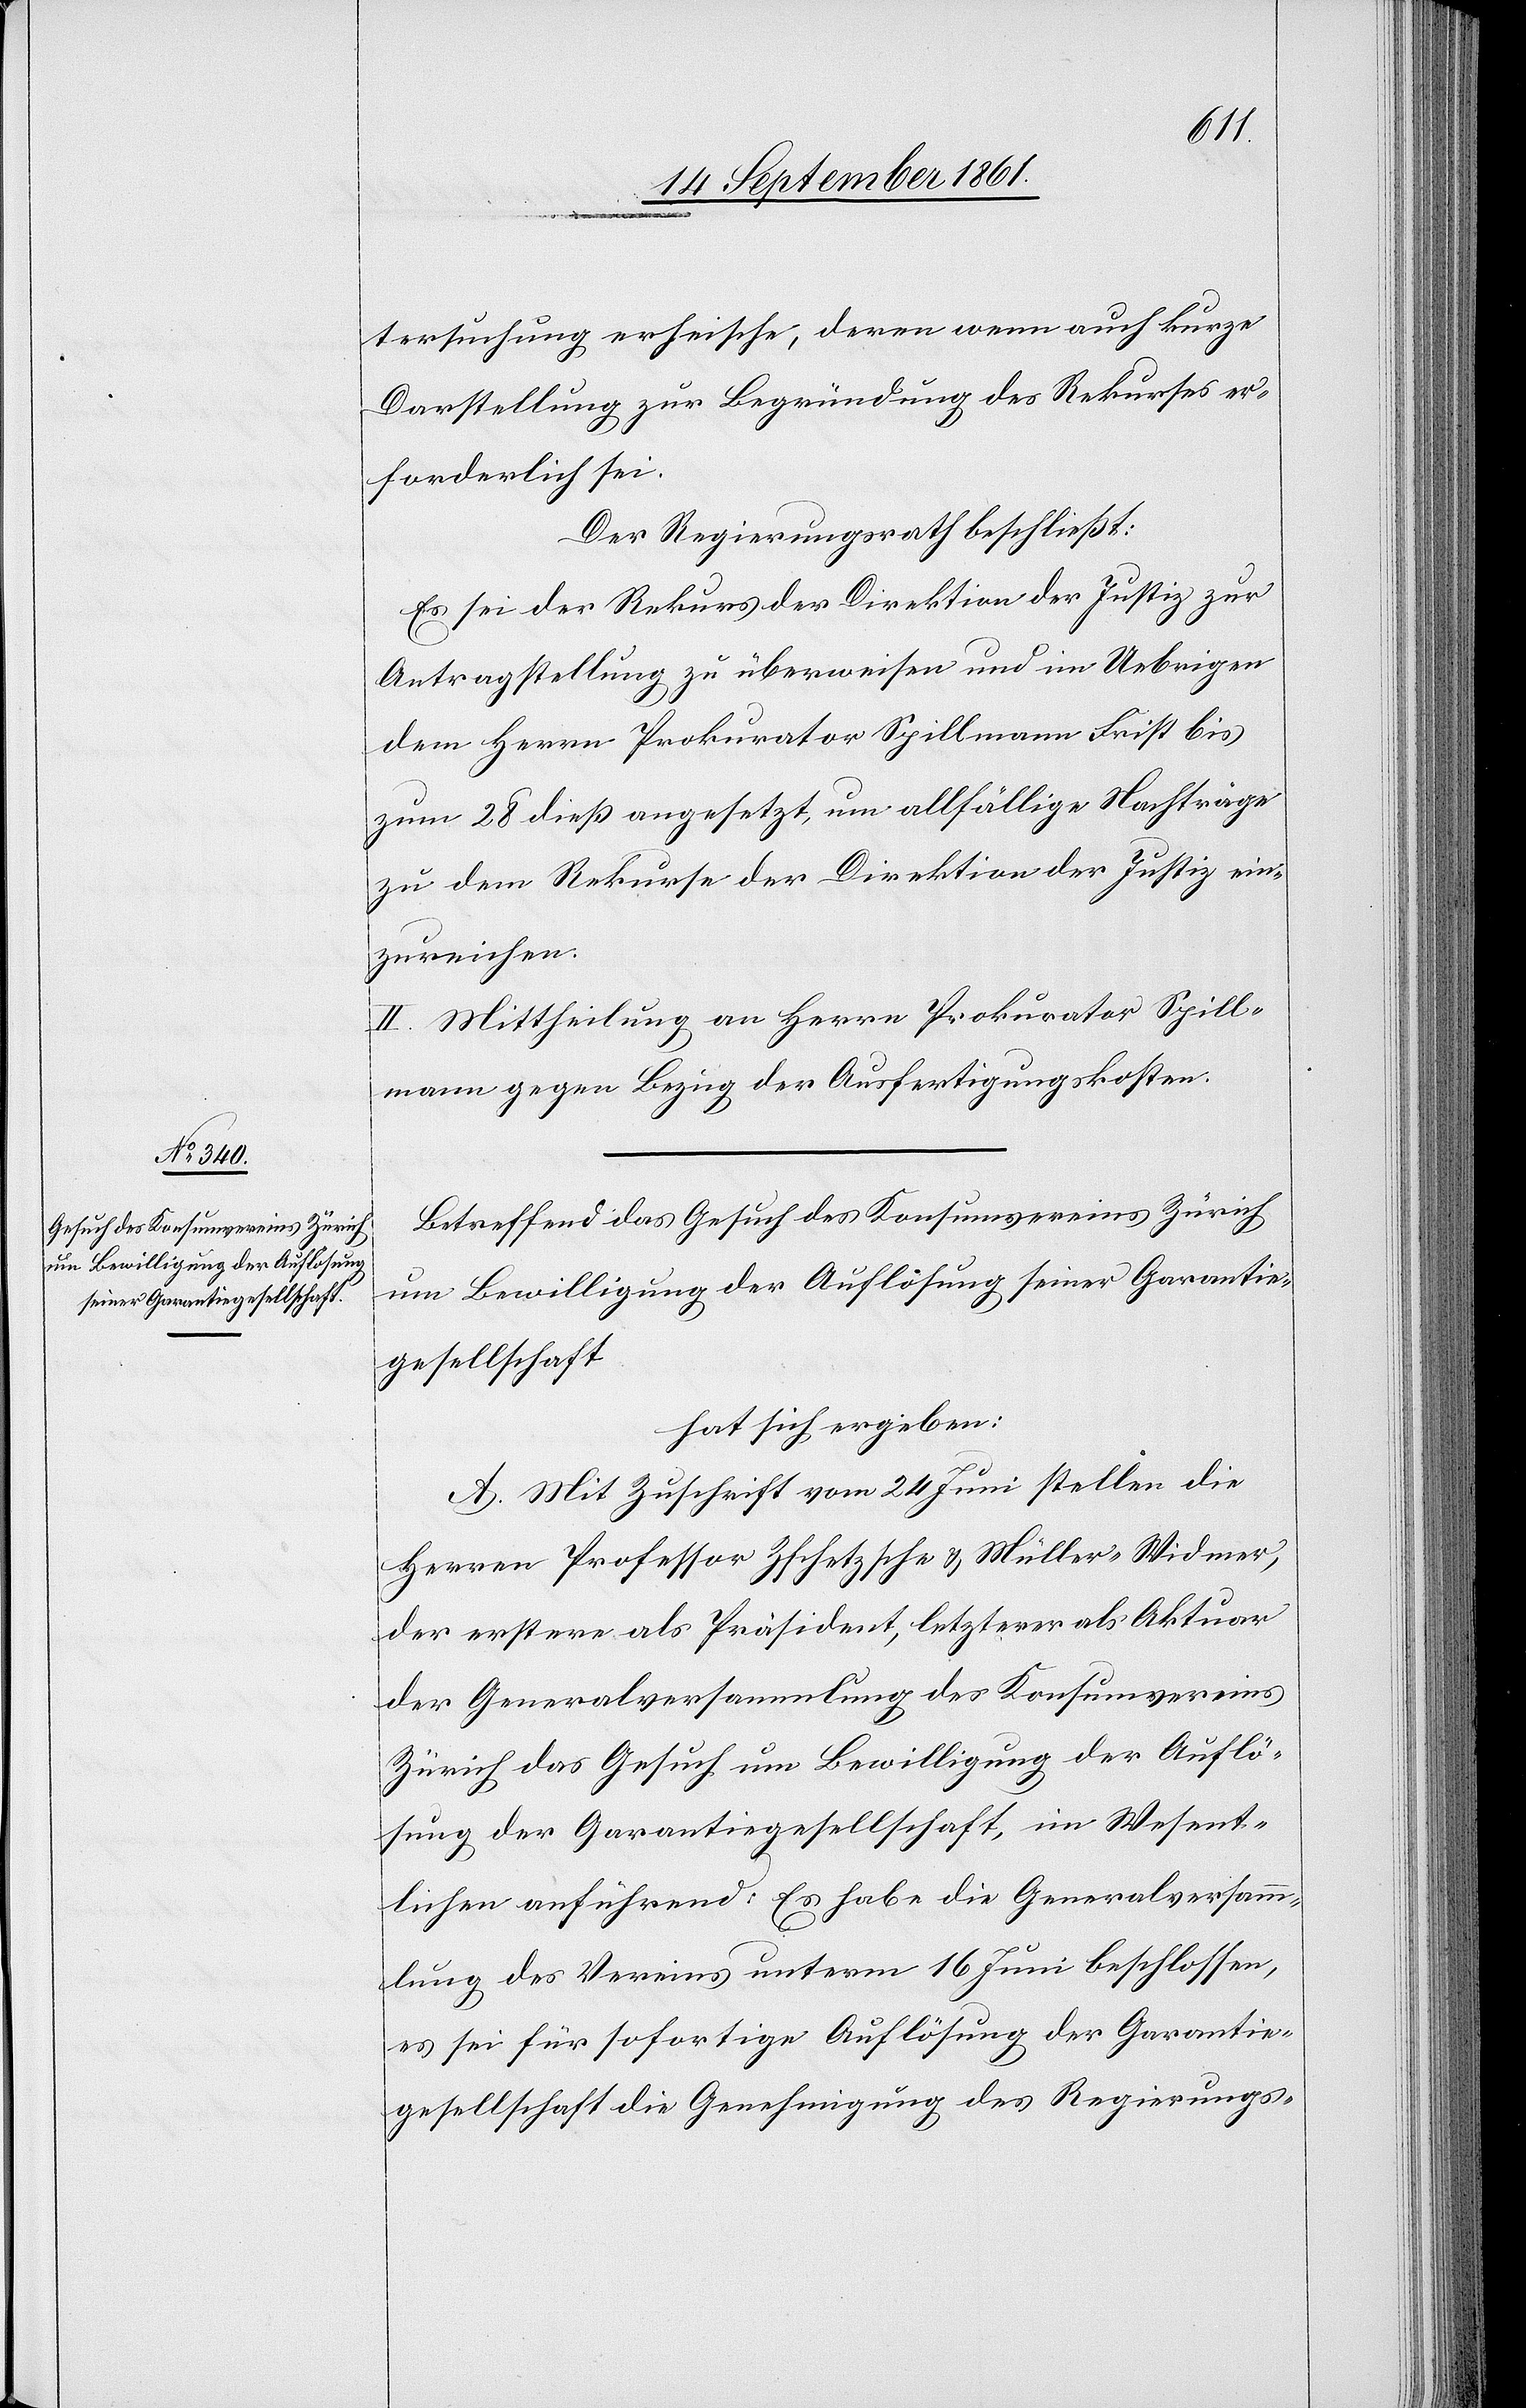
tersuchung erheische, deren wenn auch kurze
Darstellung zur Begründung des Rekurses er¬
forderlich sei.
Der Regierungsrath beschließt:
Es sei der Rekurs der Direktion der Justiz zur
Antragstellung zu überweisen und im Uebrigen
dem Herrn Prokurator Spillmann Frist bis
zum 28 dieß angesetzt, um allfällige Nachträge
zu dem Rekurse der Direktion der Justiz ein¬
zureichen.
II. Mittheilung an Herrn Prokurator Spill¬
mann gegen Bezug der Ausfertigungskosten.
Betreffend das Gesuch des Konsumvereines Zürich
um Bewilligung der Auflösung seiner Garantie¬
gesellschaft.
hat sich ergeben:
A. Mit Zuschrift vom 24 Juni stellen die
Herren Professor Zschetzsche u. Müller-Widmer,
der erstere als Präsident, letzterer als Aktuar
der Generalversammlung des Konsumvereins
Zürich das Gesuch um Bewilligung der Auflö¬
sung der Garantiegesellschaft, im Wesent¬
lichen anführend: Es habe die Generalversamm¬
lung des Vereins unterm 16 Juni beschlossen,
es sei für sofortige Auflösung der Garantie¬
gesellschaft die Genehmigung des Regierungs-